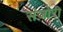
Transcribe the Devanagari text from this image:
संजोरी